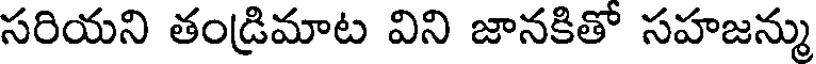
సరియని తండ్రిమాట విని జానకితో సహజన్ము